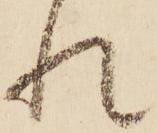
れ